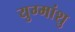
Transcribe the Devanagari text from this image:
युग्मांशु